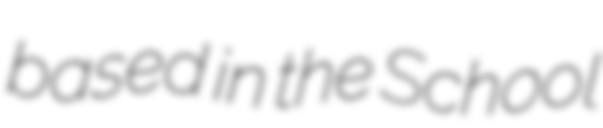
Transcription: based in the School